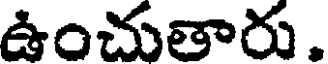
ఉంచుతారు.